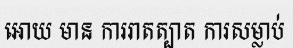
អោយ មាន ការរាតត្បាត ការសម្លាប់